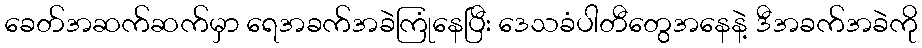
ခေတ်အဆက်ဆက်မှာ ရေအခက်အခဲကြုံနေပြီး ဒေသခံပါတီတွေအနေနဲ့ ဒီအခက်အခဲကို